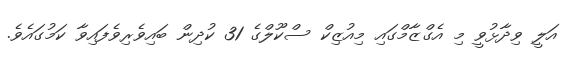
އަލީ ވިދާޅުވީ މި އެގްޒާމްގައި މިއުޒިކް ސްކޫލްގެ 31 ކުދިން ބައިވެރިވެފައިވާ ކަމުގައެވެ.